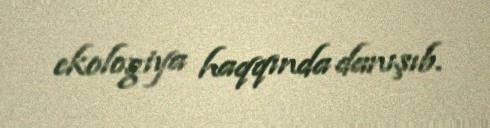
ekologiya haqqında danışıb.